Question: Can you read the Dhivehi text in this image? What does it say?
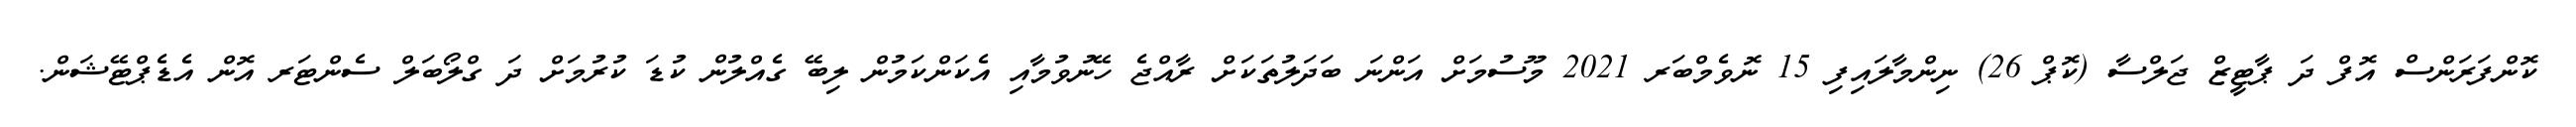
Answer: ކޮންފަރަންސް އޮފް ދަ ޕާޓީޒް ޖަލްސާ (ކޮޕް 26) ނިންމާލައިފި 15 ނޮވެމްބަރ 2021 މޫސުމަށް އަންނަ ބަދަލުތަކަށް ރާއްޖެ ހޭނުވުމާއި އެކަންކަމުން ލިބޭ ގެއްލުން ކުޑަ ކުރުމަށް ދަ ގްލޯބަލް ސެންޓަރ އޮން އެޑެޕްޓޭޝަން.